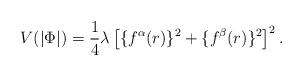
LaTeX: \begin{align*}V(|\Phi|)=\frac{1}{4}\lambda\left[\{f^{\alpha}(r)\}^{2}+\{f^{\beta}(r)\}^{2}\right]^{2}.\end{align*}